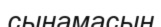
сынамасын